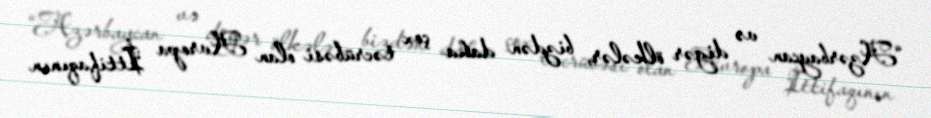
“Azərbaycan və digər ölkələr, bizdən daha çox təcrübəsi olan Avropa İttifaqının